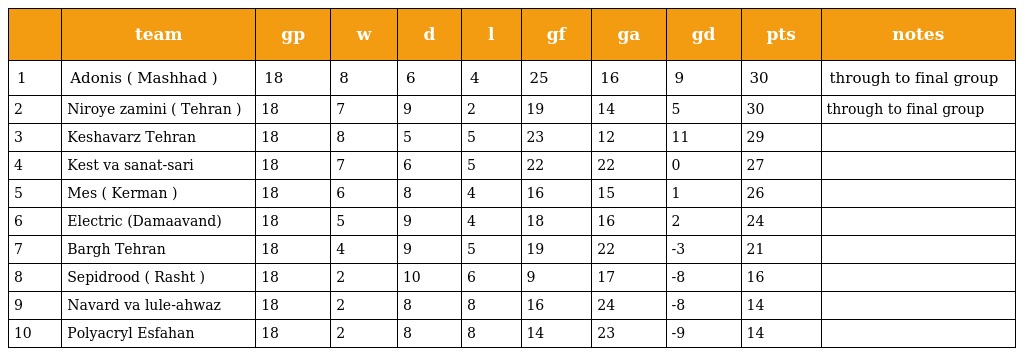
|  | team | gp | w | d | l | gf | ga | gd | pts | notes |
 | --- | --- | --- | --- | --- | --- | --- | --- | --- | --- | --- |
 | 1 | Adonis ( Mashhad ) | 18 | 8 | 6 | 4 | 25 | 16 | 9 | 30 | through to final group |
 | 2 | Niroye zamini ( Tehran ) | 18 | 7 | 9 | 2 | 19 | 14 | 5 | 30 | through to final group |
 | 3 | Keshavarz Tehran | 18 | 8 | 5 | 5 | 23 | 12 | 11 | 29 |  |
 | 4 | Kest va sanat-sari | 18 | 7 | 6 | 5 | 22 | 22 | 0 | 27 |  |
 | 5 | Mes ( Kerman ) | 18 | 6 | 8 | 4 | 16 | 15 | 1 | 26 |  |
 | 6 | Electric (Damaavand) | 18 | 5 | 9 | 4 | 18 | 16 | 2 | 24 |  |
 | 7 | Bargh Tehran | 18 | 4 | 9 | 5 | 19 | 22 | -3 | 21 |  |
 | 8 | Sepidrood ( Rasht ) | 18 | 2 | 10 | 6 | 9 | 17 | -8 | 16 |  |
 | 9 | Navard va lule-ahwaz | 18 | 2 | 8 | 8 | 16 | 24 | -8 | 14 |  |
 | 10 | Polyacryl Esfahan | 18 | 2 | 8 | 8 | 14 | 23 | -9 | 14 |  |